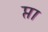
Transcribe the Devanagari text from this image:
प्ता